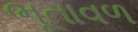
ભૂતાવળ